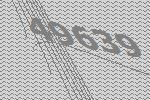
49639